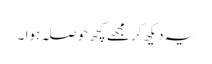
یہ دیکھ کر مجھے کچھ حوصلہ ہوا ۔